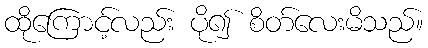
ထိုကြောင့်လည်း ပို၍ စိတ်လေးမိသည်။